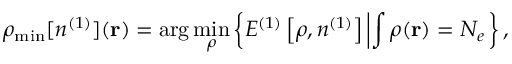
\rho _ { \mathrm { m i n } } [ n ^ { ( 1 ) } ] ( { \bf r } ) = \arg \operatorname* { m i n } _ { \rho } \left\{ { \cal E } ^ { ( 1 ) } \left[ \rho , n ^ { ( 1 ) } \right] \left\vert \int \rho ( { \bf r } ) = N _ { e } \right. \right\} ,